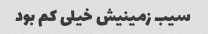
سیب زمینیش خیلی کم بود